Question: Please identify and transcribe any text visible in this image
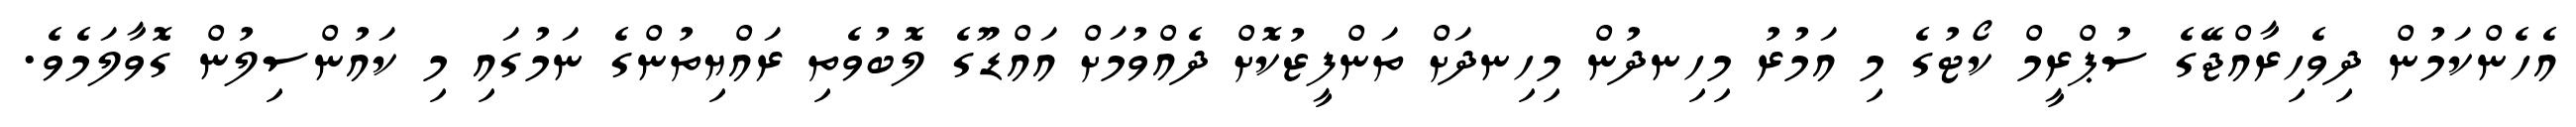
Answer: އެހެންކަމުން ދިވެހިރާއްޖޭގެ ސުޕްރީމް ކޯޓުގެ މި އަމުރު މިހިނދުން މިހިނދަށް ތަންފީޒުކޮށް ދެއްވުމަށް އައްޑޫގެ ލޮބުވެތި ރައްޔިތުންގެ ނަމުގައި މި ކައުންސިލުން ގޮވާލަމެވެ.